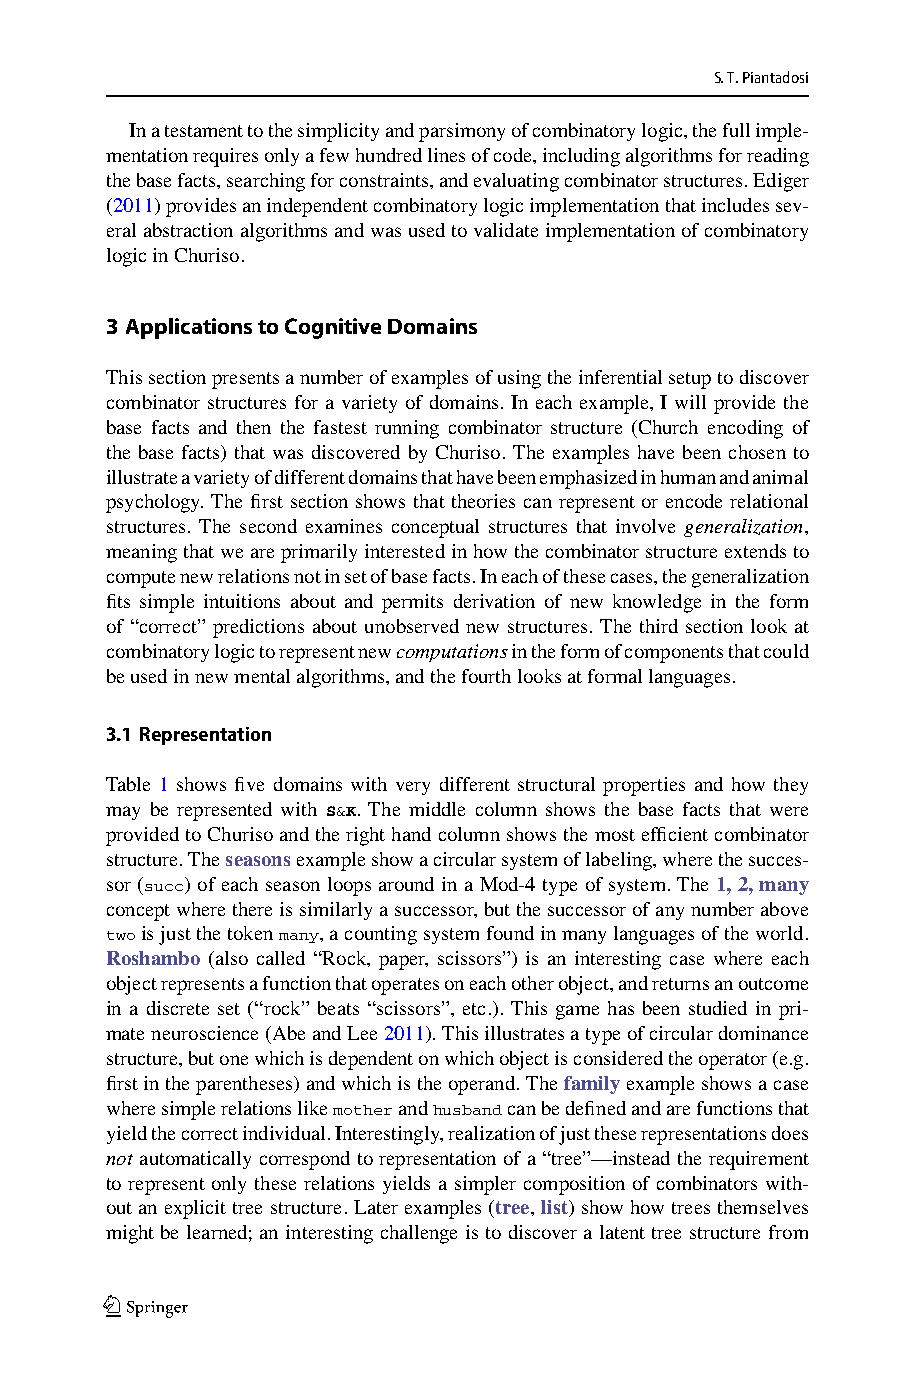
S.T.Piantadosi
 Inatestamenttothesimplicityandparsimonyofcombinatorylogic,thefullimple-
 mentationrequiresonlyafewhundredlinesofcode,includingalgorithmsforreading
 thebasefacts,searchingforconstraints,andevaluatingcombinatorstructures.Ediger
 (2011)providesanindependentcombinatorylogicimplementationthatincludessev-
 eralabstractionalgorithmsandwasusedtovalidateimplementationofcombinatory
 logicinChuriso.
 3 ApplicationstoCognitiveDomains
 Thissectionpresentsanumberofexamplesofusingtheinferentialsetuptodiscover
 combinator structures for a variety of domains. In each example, I will provide the
 base facts and then the fastest running combinator structure (Church encoding of
 the base facts) that was discovered by Churiso. The examples have been chosen to
 illustrateavarietyofdifferentdomainsthathavebeenemphasizedinhumanandanimal
 psychology. The first section shows that theories can represent or encode relational
 structures. The second examines conceptual structures that involve generalization,
 meaningthatweareprimarilyinterestedinhowthecombinatorstructureextendsto
 computenewrelationsnotinsetofbasefacts.Ineachofthesecases,thegeneralization
 fits simple intuitions about and permits derivation of new knowledge in the form
 of “correct” predictions about unobserved new structures. The third section look at
 combinatorylogictorepresentnewcomputationsintheformofcomponentsthatcould
 beusedinnewmentalalgorithms,andthefourthlooksatformallanguages.
 3.1 Representation
 Table 1 shows five domains with very different structural properties and how they
 may be represented with S&K. The middle column shows the base facts that were
 providedtoChurisoandtherighthandcolumnshowsthemostefficientcombinator
 structure.Theseasonsexampleshowacircularsystemoflabeling,wherethesucces-
 sor(succ)ofeach seasonloops around inaMod-4type ofsystem.The1,2,many
 conceptwherethereissimilarlyasuccessor,butthesuccessorofanynumberabove
 twoisjustthetokenmany,acountingsystemfoundinmanylanguagesoftheworld.
 Roshambo (also called “Rock, paper, scissors”) is an interesting case where each
 objectrepresentsafunctionthatoperatesoneachotherobject,andreturnsanoutcome
 in a discrete set (“rock” beats “scissors”, etc.). This game has been studied in pri-
 mateneuroscience(AbeandLee2011).Thisillustratesatypeofcirculardominance
 structure,butonewhichisdependentonwhichobjectisconsideredtheoperator(e.g.
 firstintheparentheses)andwhichistheoperand.Thefamilyexampleshowsacase
 wheresimplerelationslikemotherandhusbandcanbedefinedandarefunctionsthat
 yieldthecorrectindividual.Interestingly,realizationofjusttheserepresentationsdoes
 not automaticallycorrespondtorepresentationofa“tree”—insteadtherequirement
 to represent only these relations yields a simpler composition of combinators with-
 outanexplicittreestructure.Laterexamples (tree,list)showhowtreesthemselves
 might be learned; an interesting challenge is to discover a latent tree structure from
 123